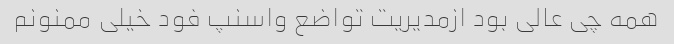
همه چی عالی بود ازمدیریت تواضع واسنپ فود خیلی ممنونم